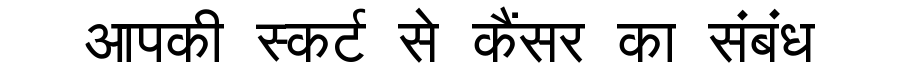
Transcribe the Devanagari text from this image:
आपकी स्कर्ट से कैंसर का संबंध